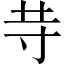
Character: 𱽍